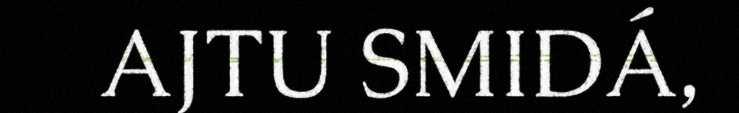
AJTU SMIDÁ,